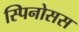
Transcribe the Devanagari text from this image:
स्पिनोसस